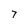
Character: 7